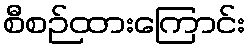
စီစဉ်ထားကြောင်း